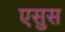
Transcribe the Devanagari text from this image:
एसुस